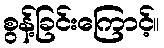
စွန့်ခြင်းကြောင့်။